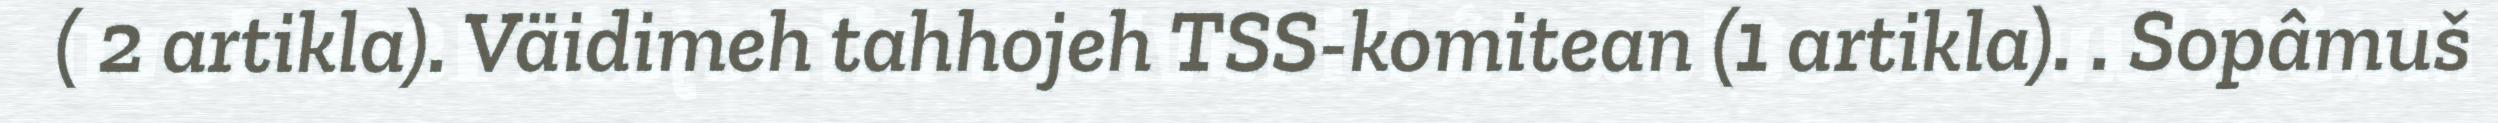
( 2 artikla). Väidimeh tahhojeh TSS-komitean (1 artikla). . Sopâmuš